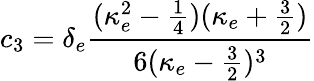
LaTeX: c_{3}=\delta_{e}\frac{(\kappa_{e}^{2}-\frac{1}{4})(\kappa_{e}+\frac{3}{2})}{6(\kappa_{e}-\frac{3}{2})^{3}}